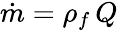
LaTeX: \begin{array}{r}{\dot{m}=\rho_{f}\, Q}\end{array}